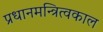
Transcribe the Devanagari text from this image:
प्रधानमन्त्रित्वकाल